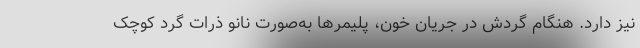
نیز دارد. هنگام گردش در جریان خون، پلیمرها به‌صورت نانو ذرات گرد کوچک